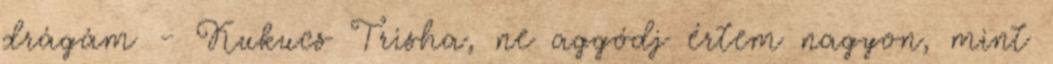
drágám - Kukucs Trisha, ne aggódj értem nagyon, mint